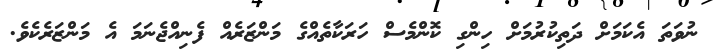
ނުވަތަ އެކަމަށް ދަތިކުރުމަށް ހިންގި ކޮންމެސް ހަރަކާތެއްގެ މަންޒަރެއް ފެނިއްޖެނަމަ އެ މަންޒަރެކެވެ.